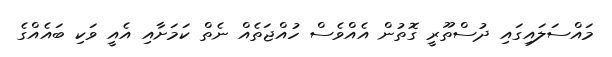
މައްސަލައިގައި ދުސްތޫރީ ގޮތުން އެއްވެސް ހުއްޖަތެއް ނެތް ކަމަށާއި އެއީ ވަކި ބައެއްގެ